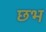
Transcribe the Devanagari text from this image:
छभ